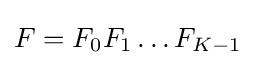
F=F_{0}F_{1}\dots F_{K-1}